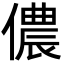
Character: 儂